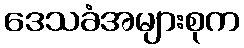
ဒေသခံအများစုက